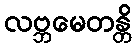
လဗ္ဘမေတန္တိ